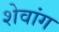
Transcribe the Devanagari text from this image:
शेवांग